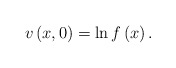
\begin{align*}v\left( x,0\right) =\ln f\left( x\right) . \end{align*}